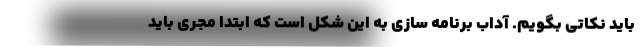
باید نکاتی بگویم‌. آداب برنامه سازی به این شکل است که ابتدا مجری باید